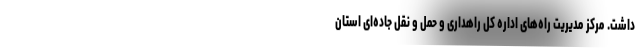
داشت. مرکز مدیریت راه‌های اداره کل راهداری و حمل و نقل جاده‌ای استان